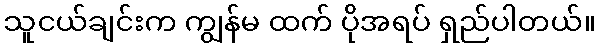
သူငယ်ချင်းက ကျွန်မ ထက် ပိုအရပ် ရှည်ပါတယ်။